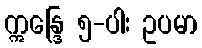
ဣန္ဒြေ ၅-ပါး ဥပမာ